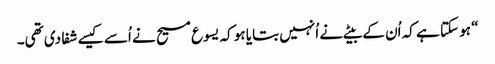
‏“‏ ہو سکتا ہے کہ اُن کے بیٹے نے اُنہیں بتایا ہو کہ یسوع مسیح نے اُسے کیسے شفا دی تھی۔